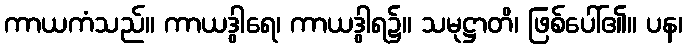
ကာယကံသည်။ ကာယဒွါရေ၊ ကာယဒွါရ၌။ သမုဋ္ဌာတိ၊ ဖြစ်ပေါ်၏။ ပန၊